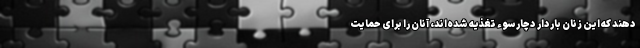
دهند که این زنان باردار دچار سوء تغذیه شده‌اند، آنان را برای حمایت